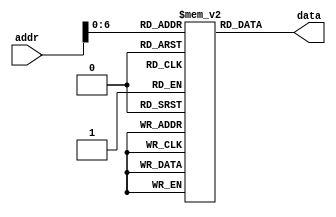
// Course: CSE 401- Computer Architecture
// Term: Winter 2020
// Name: Erika Gutierrez
// ID: 005318270

`timescale 1ns / 1ps

module mem(
   output reg [31:0] data,
   input wire [31:0] addr
   );

   reg [31:0] MEM[0:127];
   integer i;

   initial begin
   MEM[0] <= 'b10001100000000010000000000000001;
   MEM[1] <= 'b10001100000000010000000000000010;
   MEM[2] <= 'b10001100000000010000000000000011;
   MEM[3] <= 'b10000000000000000000000000000000;
   MEM[4] <= 'b10000000000000000000000000000000;
   MEM[5] <= 'b00000000001000100000100000100000;
   MEM[6] <= 'b10000000000000000000000000000000;
   MEM[7] <= 'b10000000000000000000000000000000;
   MEM[8] <= 'b10000000000000000000000000000000;
   MEM[9] <= 'b00000000001000110000100000100000;
   MEM[10] <= 'b10000000000000000000000000000000;
   MEM[11] <= 'b10000000000000000000000000000000;
   MEM[12] <= 'b10000000000000000000000000000000;
   MEM[13] <= 'b00000000001000010000100000100000;
   MEM[14] <= 'b10000000000000000000000000000000;
   MEM[15] <= 'b10000000000000000000000000000000;
   MEM[16] <= 'b10000000000000000000000000000000;
   MEM[17] <= 'b10000000000000000000000000000000;
   MEM[18] <= 'b00000000001000000000100000100000;
   MEM[19] <= 'b10000000000000000000000000000000;
   MEM[20] <= 'b10000000000000000000000000000000;
   MEM[21] <= 'b10000000000000000000000000000000;
   MEM[22] <= 'b10000000000000000000000000000000;
   MEM[23] <= 'b10000000000000000000000000000000;

   // new instructions
   //  MEM[1] <= 'b10001100000000010000000000000000;
   //  MEM[2] <= 'b10001100000001000000000000000001;
   //  MEM[3] <= 'b10000000000000000000000000000000;
   //  MEM[4] <= 'b00000000000000000001000000100000;
   //  MEM[5] <= 'b00000000001000000001100000100000;
   //  MEM[6] <= 'b00010000100000010000000000001110;
   //  MEM[7] <= 'b10000000000000000000000000000000;
   //  MEM[8] <= 'b10000000000000000000000000000000;
   //  MEM[9] <= 'b10000000000000000000000000000000;
   // MEM[10] <= 'b00010000100000000000000000001111;
   // MEM[11] <= 'b10000000000000000000000000000000;
   // MEM[12] <= 'b10000000000000000000000000000000;
   // MEM[13] <= 'b10000000000000000000000000000000;
   // MEM[14] <= 'b00000000010000110001100000100000;
   // MEM[15] <= 'b00000000011000000001000000100000;
   // MEM[16] <= 'b00000000100000010010000000100010;
   // MEM[17] <= 'b00010000000000001111111111110100;
   // MEM[18] <= 'b10000000000000000000000000000000;
   // MEM[19] <= 'b10000000000000000000000000000000;
   // MEM[20] <= 'b10000000000000000000000000000000;
   // MEM[21] <= 'b00000000011000000010100000100000;
   // MEM[22] <= 'b00010000000000000000000000001000;
   // MEM[23] <= 'b10000000000000000000000000000000;
   // MEM[24] <= 'b10000000000000000000000000000000;
   // MEM[25] <= 'b10000000000000000000000000000000;
   // MEM[26] <= 'b00000000010000000010100000100000;
   // MEM[27] <= 'b00010000000000000000000000000011;
   // MEM[28] <= 'b10000000000000000000000000000000;
   // MEM[29] <= 'b10000000000000000000000000000000;
   // MEM[30] <= 'b10000000000000000000000000000000;
   // MEM[31] <= 'b10101100000001010000000000000010;
   // MEM[32] <= 'b10000000000000000000000000000000;
   // MEM[33] <= 'b10000000000000000000000000000000;
   // MEM[34] <= 'b10000000000000000000000000000000;
   // MEM[35] <= 'b10000000000000000000000000000000;
   // MEM[36] <= 'b10000000000000000000000000000000;
   end

   always @(addr) begin
		data <= MEM[addr];
   end
endmodule   //mem